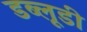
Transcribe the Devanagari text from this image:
डब्लूडी